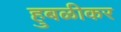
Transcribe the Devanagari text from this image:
हुबळीकर